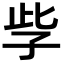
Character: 𡥎